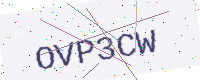
Text: OVP3CW